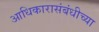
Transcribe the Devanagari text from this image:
आधिकारासंबंधीच्या